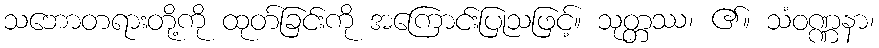
သဘောတရားတို့ကို ထုတ်ခြင်းကို အကြောင်းပြုသဖြင့်။ သုတ္တဿ၊ ၏။ သံဝဏ္ဏနာ၊